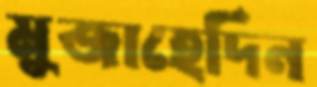
মুজাহেদিন